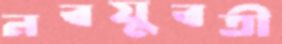
নবযুবতী